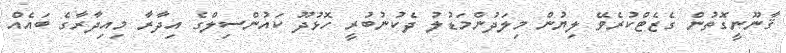
ޤާނޫނީގޮތުން ގެޒެޓްކުރެވޭ ލިޔުން މިލަދުންމަޑުލު ދެކުނުބުރީ ހޮޅުދޫ ކައުންސިލްގެ އިދާރާ މިއިދާރާގެ ބައެއް